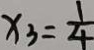
x _ { 3 } = \frac { 1 } { 4 }